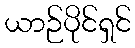
ယာဉ်ပိုင်ရှင်